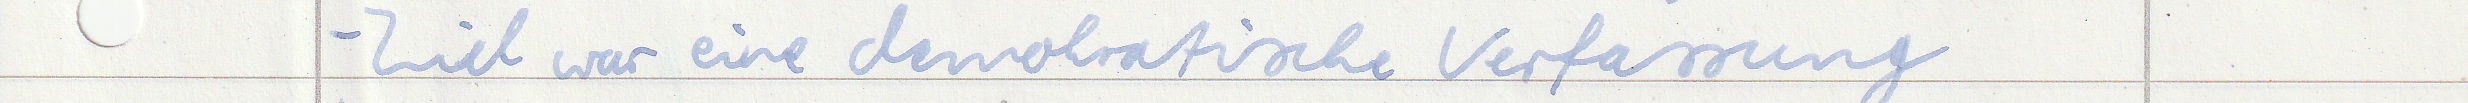
- Ziel war eine demokratische Verfassung